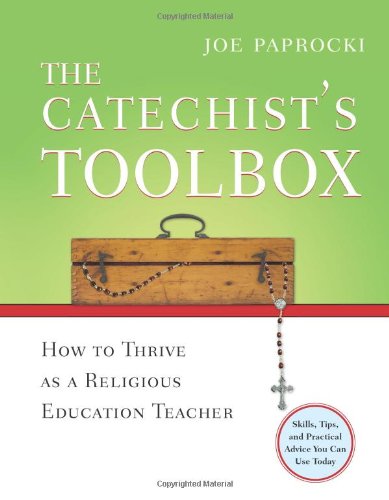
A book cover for The Catechist's Toolbox: How to Thrive as a Religious Education Teacher; Joe Paprocki DMin; Christian Books & Bibles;